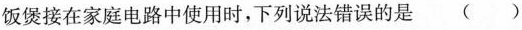
饭煲接在家庭电路中使用时，下列说法错误的是( )